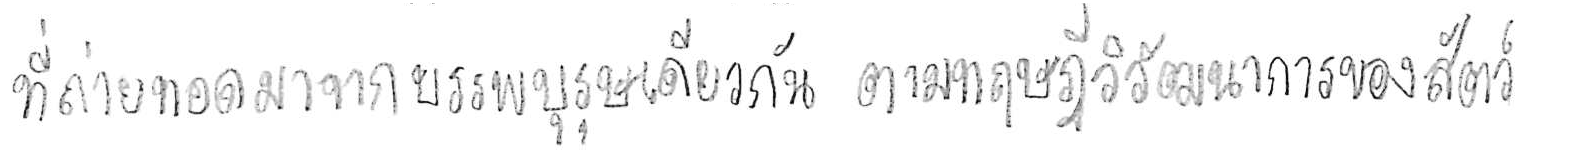
ที่ถ่ายทอดมาจากบรรพบุรุษเดียวกัน ตามทฤษฎีวิวัฒนาการของสัตว์